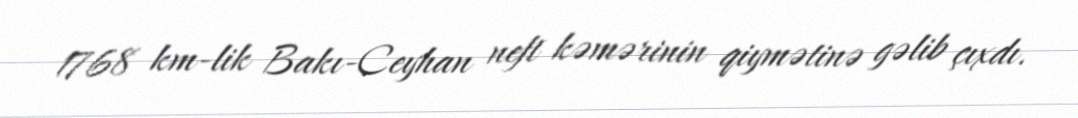
1768 km-lik Bakı-Ceyhan neft kəmərinin qiymətinə gəlib çıxdı.